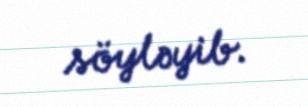
söyləyib.